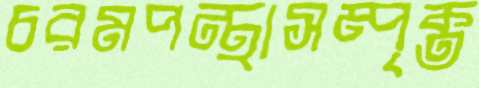
চরমপন্থাসম্পৃক্ত